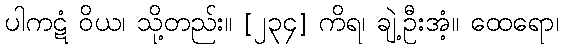
ပါကဋံ ဝိယ၊ သို့တည်း။ [၂၃၄] ကိရ၊ ချဲ့ဦးအံ့။ ထေရော၊